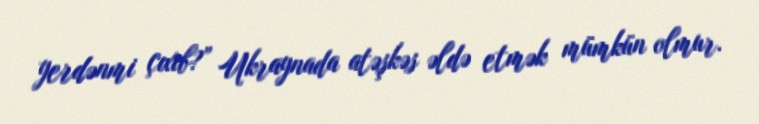
yerdənmi çıxıb?” Ukraynada atəşkəs əldə etmək mümkün olmur.